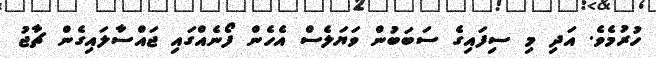
ހުރުމެވެ. އަދި މި ސިފައިގެ ސަބަބުން ވަޔަލެސް އެހެން ފޯނެއްގައި ޖައްސާލައިގެން ޗާޖު